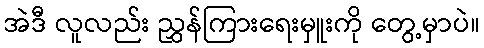
အဲဒီ လူလည်း ညွှန်ကြားရေးမှူးကို တွေ့မှာပဲ။